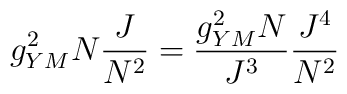
g^2_{YM}N \frac{J}{N^2}=\frac{g^2_{YM}N}{J^3} \frac{J^4}{N^2}